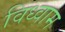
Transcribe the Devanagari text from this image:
विध्वाम